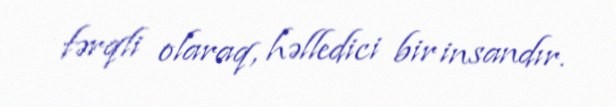
fərqli olaraq, həlledici bir insandır.